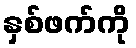
နှစ်ဖက်ကို